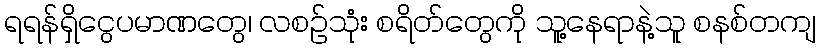
ရရန်ရှိငွေပမာဏတွေ၊ လစဉ်သုံး စရိတ်တွေကို သူ့နေရာနဲ့သူ စနစ်တကျ